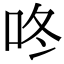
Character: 咚